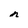
Character: n